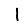
Digit: 1